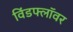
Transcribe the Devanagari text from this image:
विंडफ्लॉवर